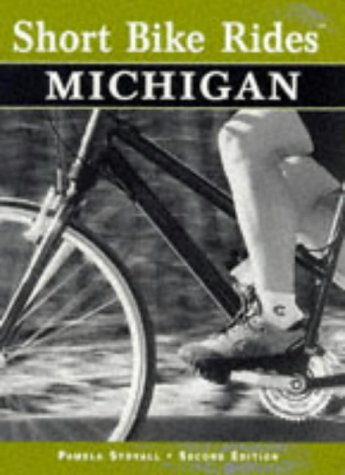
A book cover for Short Bike Rides in Michigan, 2nd (Short Bike Rides Series); Pamela Stovall; Travel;